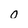
Character: o